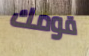
قومك